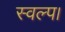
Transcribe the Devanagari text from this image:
स्वल्प।